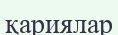
қариялар